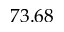
7 3 . 6 8